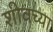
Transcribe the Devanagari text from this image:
शीवच्या